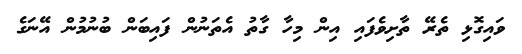
ވައިގޮޅި ތެރޭ ތާށިވެފައި އިން މިހާ ގާތު އެތަނުން ފައިބަން ބުނުމުން އޭނަގެ